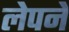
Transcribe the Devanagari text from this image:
लेपने